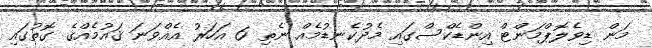
މަން ޑިވެލޮޕްމަންޓް އިންޑެކްސްގައި މެދުކެނޑުމެއް ނެތި 6 އަހަރު އެއްވަނަ ޤައުމެއްގެ ގޮތުގައި